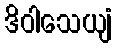
ဒိဝါသေယျံ